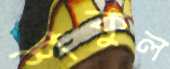
শকুল